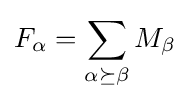
F_{\alpha }=\sum _{\alpha \succeq \beta }M_{\beta }